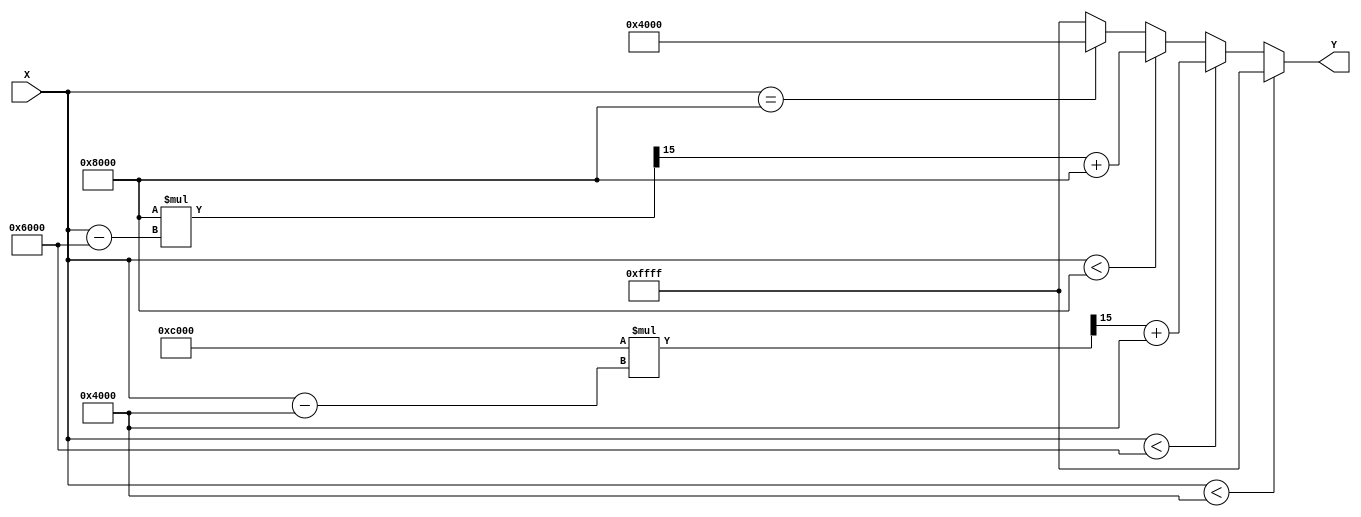
module PLA_Reciprocal (
    input  wire [15:0] X, // 16-bit fixed-point input (1.15 format)
    output reg  [15:0] Y  // 16-bit fixed-point output (1.15 format)
);

    // Define breakpoints and coefficients for piecewise linear approximation
    localparam [15:0] BREAKPOINT_1 = 16'h4000; // 1.0
    localparam [15:0] BREAKPOINT_2 = 16'h6000; // 1.5
    localparam [15:0] BREAKPOINT_3 = 16'h8000; // 2.0

    // Coefficients for the segments
    // Segment 1: [1.0, 1.5]
    localparam [15:0] M1 = 16'hC000; // -2.0 (slope)
    localparam [15:0] B1 = 16'h4000; // 0.25 (intercept)

    // Segment 2: [1.5, 2.0]
    localparam [15:0] M2 = 16'h8000; // -1.0 (slope)
    localparam [15:0] B2 = 16'h8000; // 0.5 (intercept)

    // Segment selection and linear interpolation
    always @(*) begin
        if (X < BREAKPOINT_1) begin
            Y = 16'hFFFF; // Out of range, return maximum (or handle error)
        end else if (X < BREAKPOINT_2) begin
            // Segment 1: [1.0, 1.5]
            Y = (M1 * (X - BREAKPOINT_1) >>> 15) + B1; // Linear equation
        end else if (X < BREAKPOINT_3) begin
            // Segment 2: [1.5, 2.0]
            Y = (M2 * (X - BREAKPOINT_2) >>> 15) + B2; // Linear equation
        end else if (X == BREAKPOINT_3) begin
            Y = 16'h4000; // Exact reciprocal at 2.0
        end else begin
            Y = 16'hFFFF; // Out of range, return maximum (or handle error)
        end
    end

endmodule